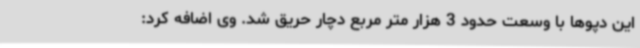
این دپوها با وسعت حدود 3 هزار متر مربع دچار حریق شد. وی اضافه کرد: